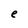
Character: e